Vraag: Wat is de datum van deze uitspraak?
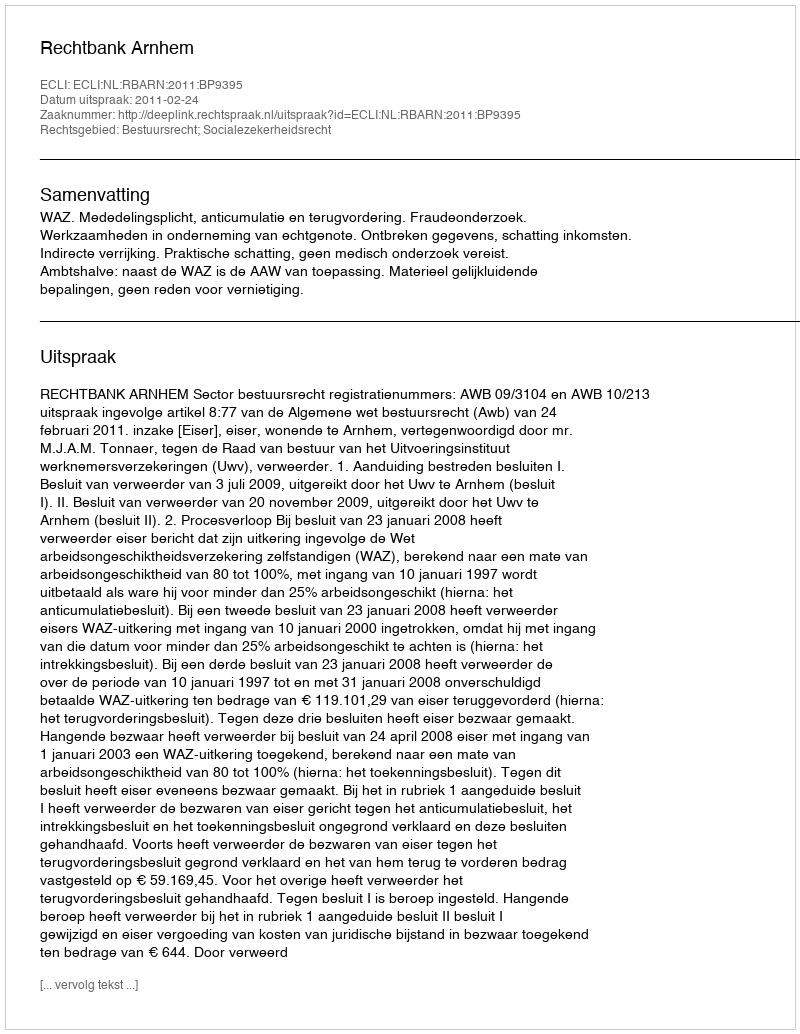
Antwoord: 2011-02-24